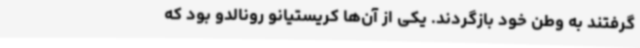
گرفتند به وطن خود بازگردند. یکی از آن‌ها کریستیانو رونالدو بود که